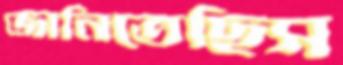
জানিতেছিস